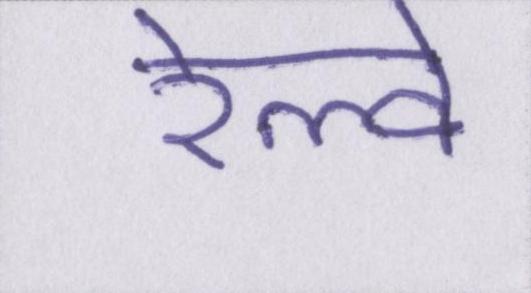
रेल्वे